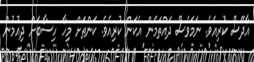
އާދޭސް ކުރިއެވެ. ނަމަވެސް ދައްތަމެން އެކަން ކުރިއެވެ. ކަންތަށް މިހާ ހިސާބަށް ދިއުމުން